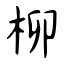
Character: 柳